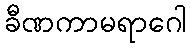
ခီဏကာမရာဂေါ